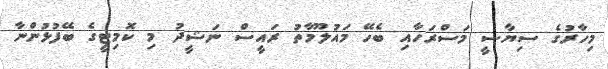
މިހާރުގެ ސިޔާސީ މަސްރަހާއި ބެހޭ މައުލޫމާތު ރައީސް ނަޝީދު މި ކޮމިޓީގެ ބޭފުޅުންނާ